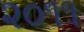
૨૦૧૧